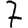
Digit: 7